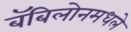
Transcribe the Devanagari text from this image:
बॅबिलोनमधले